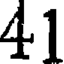
41